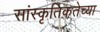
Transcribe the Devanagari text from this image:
सांस्कृतिकतेच्या